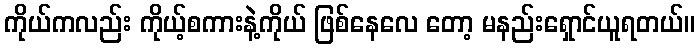
ကိုယ်ကလည်း ကိုယ့်စကားနဲ့ကိုယ် ဖြစ်နေလေ တော့ မနည်းရှောင်ယူရတယ်။